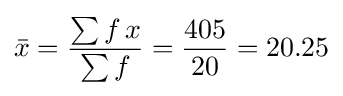
{\bar {x}}={\frac {\sum {f\,x}}{\sum {f}}}={\frac {405}{20}}=20.25